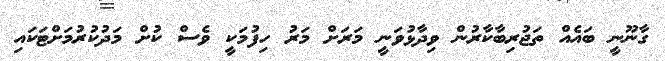
ގާނޫނީ ބައެއް ތަޖުރިބާކާރުން ވިދާޅުވަނީ މަރަށް މަރު ހިފުމަކީ ވެސް ކުށް މަދުކުރުމަށްޓަކައި